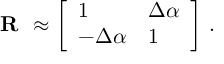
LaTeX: { \mathbf { R _ { \Delta \alpha } } } \approx \left[ \begin{array} { l l } { { 1 } } & { { \Delta \alpha } } \\ { { - \Delta \alpha } } & { { 1 } } \end{array} \right] \, .